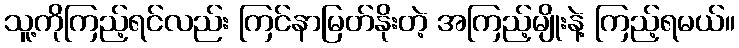
သူ့ကိုကြည့်ရင်လည်း ကြင်နာမြတ်နိုးတဲ့ အကြည့်မျိုးနဲ့ ကြည့်ရမယ်။